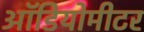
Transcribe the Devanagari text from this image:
ऑडियोमीटर